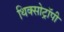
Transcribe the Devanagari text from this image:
थिक्सोट्रॉपी